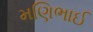
મણિભાઈ